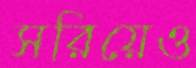
সরিয়েও